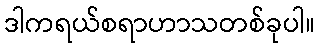
ဒါကရယ်စရာဟာသတစ်ခုပါ။